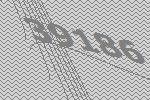
39186